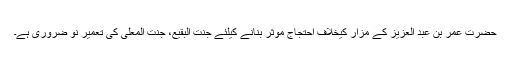
حضرت عمر بن عبد العزیز کے مزار کیخلاف احتجاج موثر بنانے کیلئے جنت البقیع، جنت المعلٰی کی تعمیر نو ضروری ہے۔